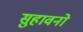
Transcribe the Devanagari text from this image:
सुहावनो